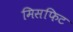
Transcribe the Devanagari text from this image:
मिसफिट